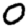
Digit: 0